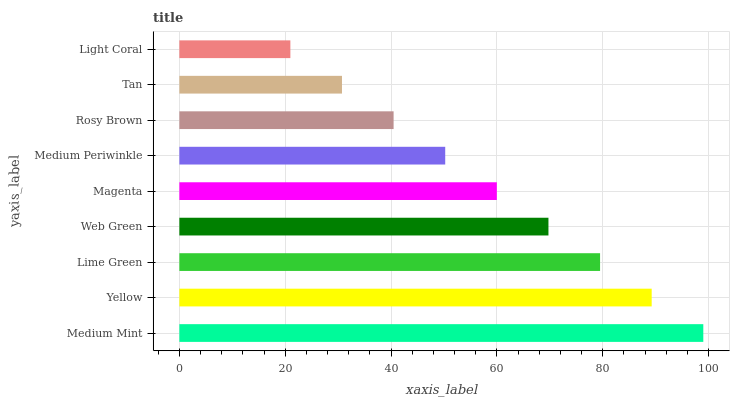
| yaxis_label | bars |
 | --- | --- |
 | Medium Mint | 99 |
 | Yellow | 89.2 |
 | Lime Green | 79.5 |
 | Web Green | 69.7 |
 | Magenta | 60 |
 | Medium Periwinkle | 50.2 |
 | Rosy Brown | 40.5 |
 | Tan | 30.7 |
 | Light Coral | 21 |